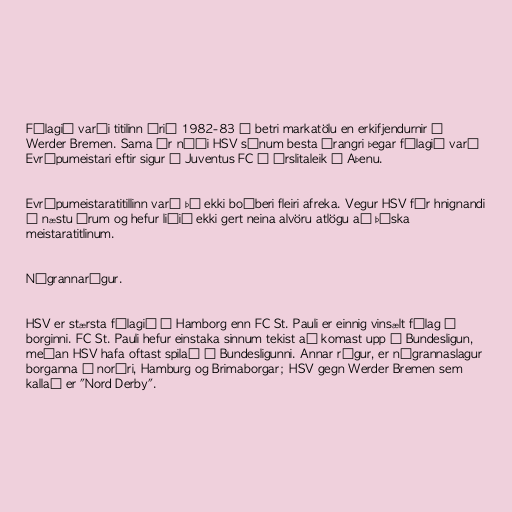
Félagið varði titilinn árið 1982-83 á betri markatölu en erkifjendurnir í
Werder Bremen. Sama ár náði HSV sínum besta árangri þegar félagið varð
Evrópumeistari eftir sigur á Juventus FC í úrslitaleik í Aþenu.

Evrópumeistaratitillinn varð þó ekki boðberi fleiri afreka. Vegur HSV fór hnignandi
á næstu árum og hefur liðið ekki gert neina alvöru atlögu að þýska
meistaratitlinum.

Nágrannarígur.

HSV er stærsta félagið í Hamborg enn FC St. Pauli er einnig vinsælt félag í
borginni. FC St. Pauli hefur einstaka sinnum tekist að komast upp í Bundesligun,
meðan HSV hafa oftast spilað í Bundesligunni. Annar rígur, er nágrannaslagur
borganna í norðri, Hamburg og Brimaborgar; HSV gegn Werder Bremen sem
kallað er "Nord Derby".